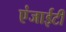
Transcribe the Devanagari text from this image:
एंजाईटी